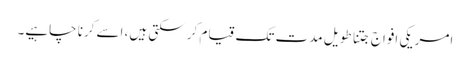
امریکی افواج جتنا طویل مدت تک قیام کر سکتی ہیں، اسے کرنا چاہیے۔